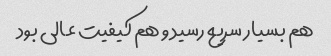
هم بسیار سریع رسید و هم کیفیت عالی بود